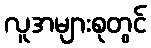
လူအများစုတွင်